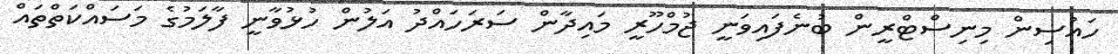
ހައުސިން މިނިސްޓްރީން ބުނެފައިވަނީ ޖުމްހޫރީ މައިދާން ސަރަހައްދު އަލުން ހުޅުވާނީ ފާލަމުގެ މަސައްކަތްތައް